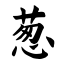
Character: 葱